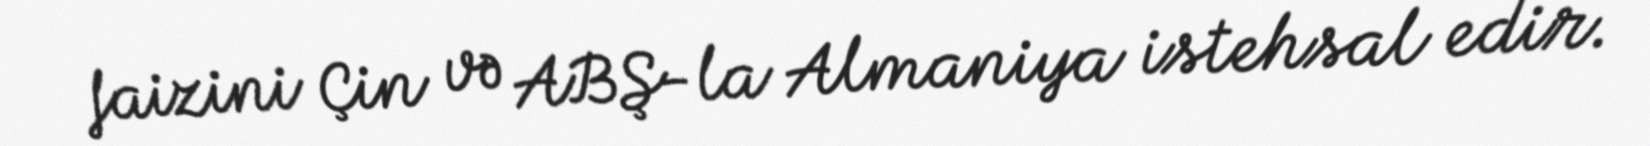
faizini Çin və ABŞ-la Almaniya istehsal edir.